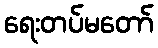
ရေးတပ်မတော်